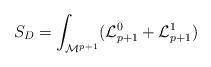
LaTeX: \begin{align*}S_D =\int_{{\cal M}^{p+1}}({\cal L}^0_{p+1} +{\cal L}^1_{p+1})\end{align*}